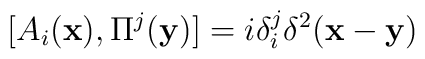
[A_{i}({\bf x}),\Pi^{j}({\bf y})] = i \delta_i^j \delta^2 ({\bf x}-{\bf y})